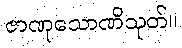
ဇာဏုသောဏိသုတ်။